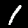
Label: 1